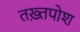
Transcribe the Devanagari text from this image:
तख़्तपोश